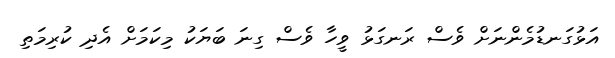
އަޅުގަނޑުމެންނަށް ވެސް ރަނގަޅު ވީހާ ވެސް ގިނަ ބަޔަކު މިކަމަށް އެދި ކުރިމަތި